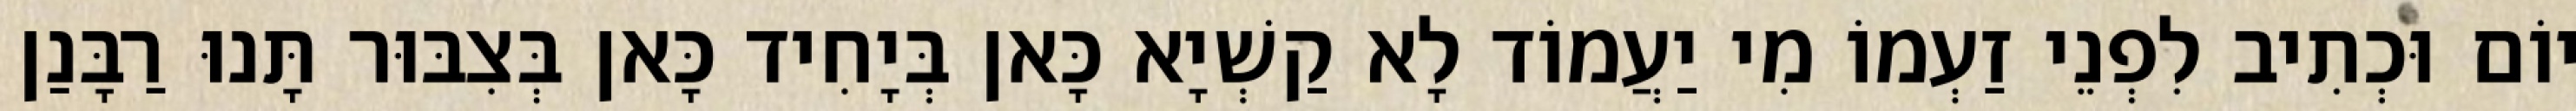
יוֹם וּכְתִיב לִפְנֵי זַעְמוֹ מִי יַעֲמוֹד לָא קַשְׁיָא כָּאן בְּיָחִיד כָּאן בְּצִבּוּר תָּנוּ רַבָּנַן